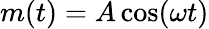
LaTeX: m(t)={A\cos(\omega t)}